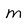
Character: m